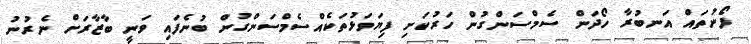
ފޯނުތައް އަނބުރާ ހޯދަން ސެމްސަންގުން ހަރުކަށި ފިޔަވަޅުތަކެއްސެމްސަންގުން ބުނެފައި ވަނީ ބާޒާރަށް ނެރުނު